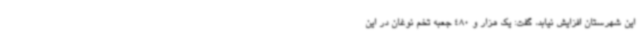
این شهرستان افزایش نیابد، گفت: یک هزار و 480 جعبه تخم نوغان در این